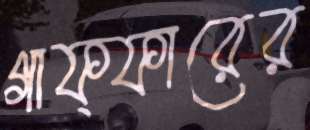
গাফ্ফারের